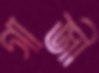
গাজী